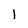
Character: I